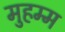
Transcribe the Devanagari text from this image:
मुहम्म